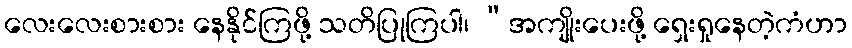
လေးလေးစားစား နေနိုင်ကြဖို့ သတိပြုကြပါ၊ “အကျိုးပေးဖို့ ရှေးရှုနေတဲ့ကံဟာ